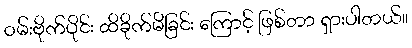
ဝမ်းဗိုက်ပိုင်း ထိခိုက်မိခြင်း ကြောင့် ဖြစ်တာ ရှားပါတယ်။